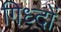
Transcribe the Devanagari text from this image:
गिध्दों